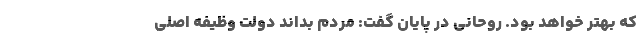
که بهتر خواهد بود. روحانی در پایان گفت: مردم بداند دولت وظیفه اصلی